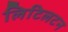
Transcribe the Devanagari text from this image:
लिटिलटन